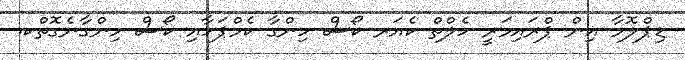
ޑިޕްލޮމާ އިން ޕްރައިމަރީ ހެލްތް ކެއަރ ކޯސް ހިންގާ ކެމްޕަހާއި ކޯސް ހިންގާނެގޮތްކ.